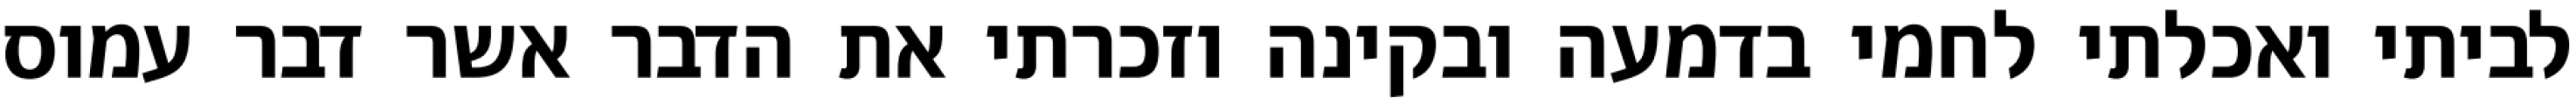
לביתי ואכלתי לחמי בדמעה ובקינה וזכרתי את הדבר אשר דבר עמוס